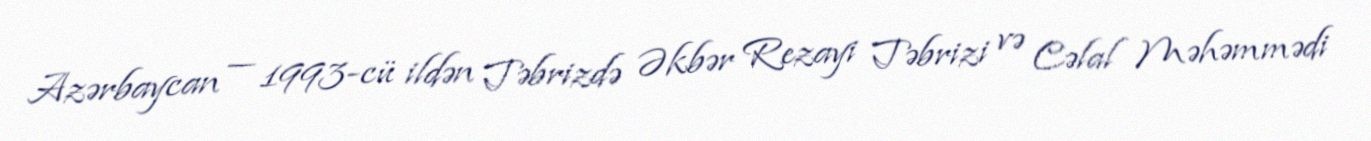
Azərbaycan — 1993-cü ildən Təbrizdə Əkbər Rezayi Təbrizi və Cəlal Məhəmmədi